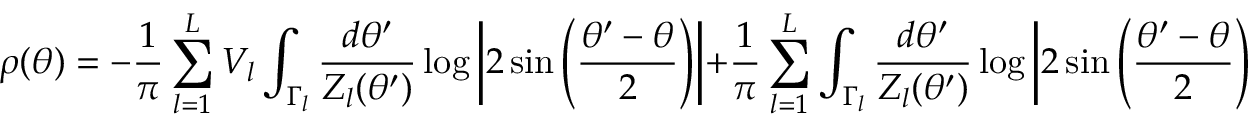
\rho ( \theta ) = - { \frac { 1 } { \pi } } \sum _ { l = 1 } ^ { L } V _ { l } \int _ { \Gamma _ { l } } { \frac { d \theta ^ { \prime } } { { \cal Z } _ { l } ( \theta ^ { \prime } ) } } \log \left| 2 \sin \left( { \frac { \theta ^ { \prime } - \theta } { 2 } } \right) \right| + { \frac { 1 } { \pi } } \sum _ { l = 1 } ^ { L } \int _ { \Gamma _ { l } } { \frac { d \theta ^ { \prime } } { { \cal Z } _ { l } ( \theta ^ { \prime } ) } } \log \left| 2 \sin \left( { \frac { \theta ^ { \prime } - \theta } { 2 } } \right) \right| \rho ( \theta ^ { \prime } ) .